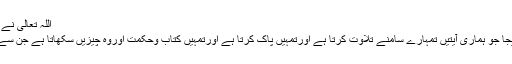
اللہ تعالی نے اس کا ذکر کچھ اس طرح فرمایا :
جس طرح ہم نے تم میں رسول بھیجا جو ہماری آیتیں تمہارے سامنے تلاوت کرتا ہے اورتمہیں پاک کرتا ہے اورتمہیں کتاب وحکمت اوروہ چيزيں سکھاتا ہے جن سے تم بے علم تھے البقرۃ ( 150 ) ۔